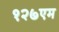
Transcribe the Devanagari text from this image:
१२७एम